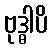
ဗုဒ္ဓါပိ